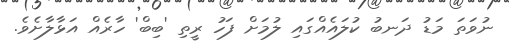
ނުވަތަ މަޑު ދަނބު ކުލައެއްގައި ލުމަށް ފަހު ރީތި 'ބިބް' ހާރެއް އަޅާލާށެވެ.